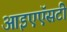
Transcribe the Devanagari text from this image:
आइएऍसटी